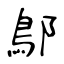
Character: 鄥